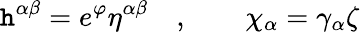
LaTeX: \mathtt{h}^{\alpha\beta}=e^{\varphi}\eta^{\alpha\beta}\quad,\qquad\chi_{\alpha}=\gamma_{\alpha}\zeta